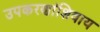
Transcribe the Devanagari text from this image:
उपकरणांशिवाय